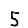
Digit: 5